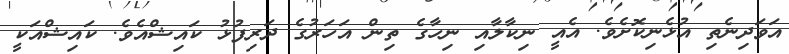
އަވަދިނެތި އުޅެނިކޮށެވެ. އެއީ ނިކާލާއި ނިހާގެ ތިން އަހަރުގެ ދަރިފުޅު ކައިޝްއެވެ. ކައިޝްއަކީ